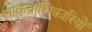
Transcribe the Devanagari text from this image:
लोकप्राधिकारियों